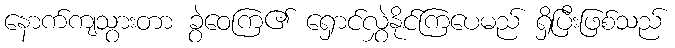
နောက်ကျသွားတာ ခွဲဝေကြ၏ ရှောင်လွှဲနိုင်ကြပေမည် ရှိပြီးဖြစ်သည်